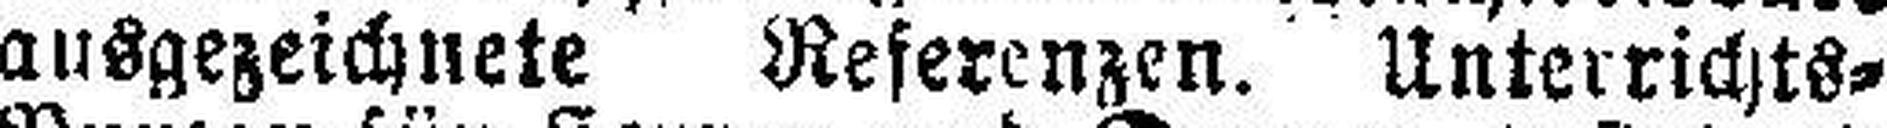
ausgezeichnete Referenzen. Unterrichts¬